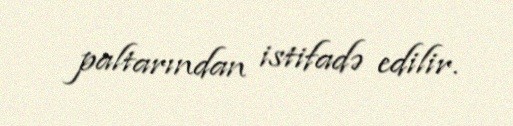
paltarından istifadə edilir.